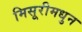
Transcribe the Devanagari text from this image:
मिसूरीमधुन